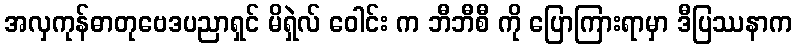
အလှကုန်ဓာတုဗေဒပညာရှင် မိရှဲလ် ဝေါင်း က ဘီဘီစီ ကို ပြောကြားရာမှာ ဒီပြဿနာက